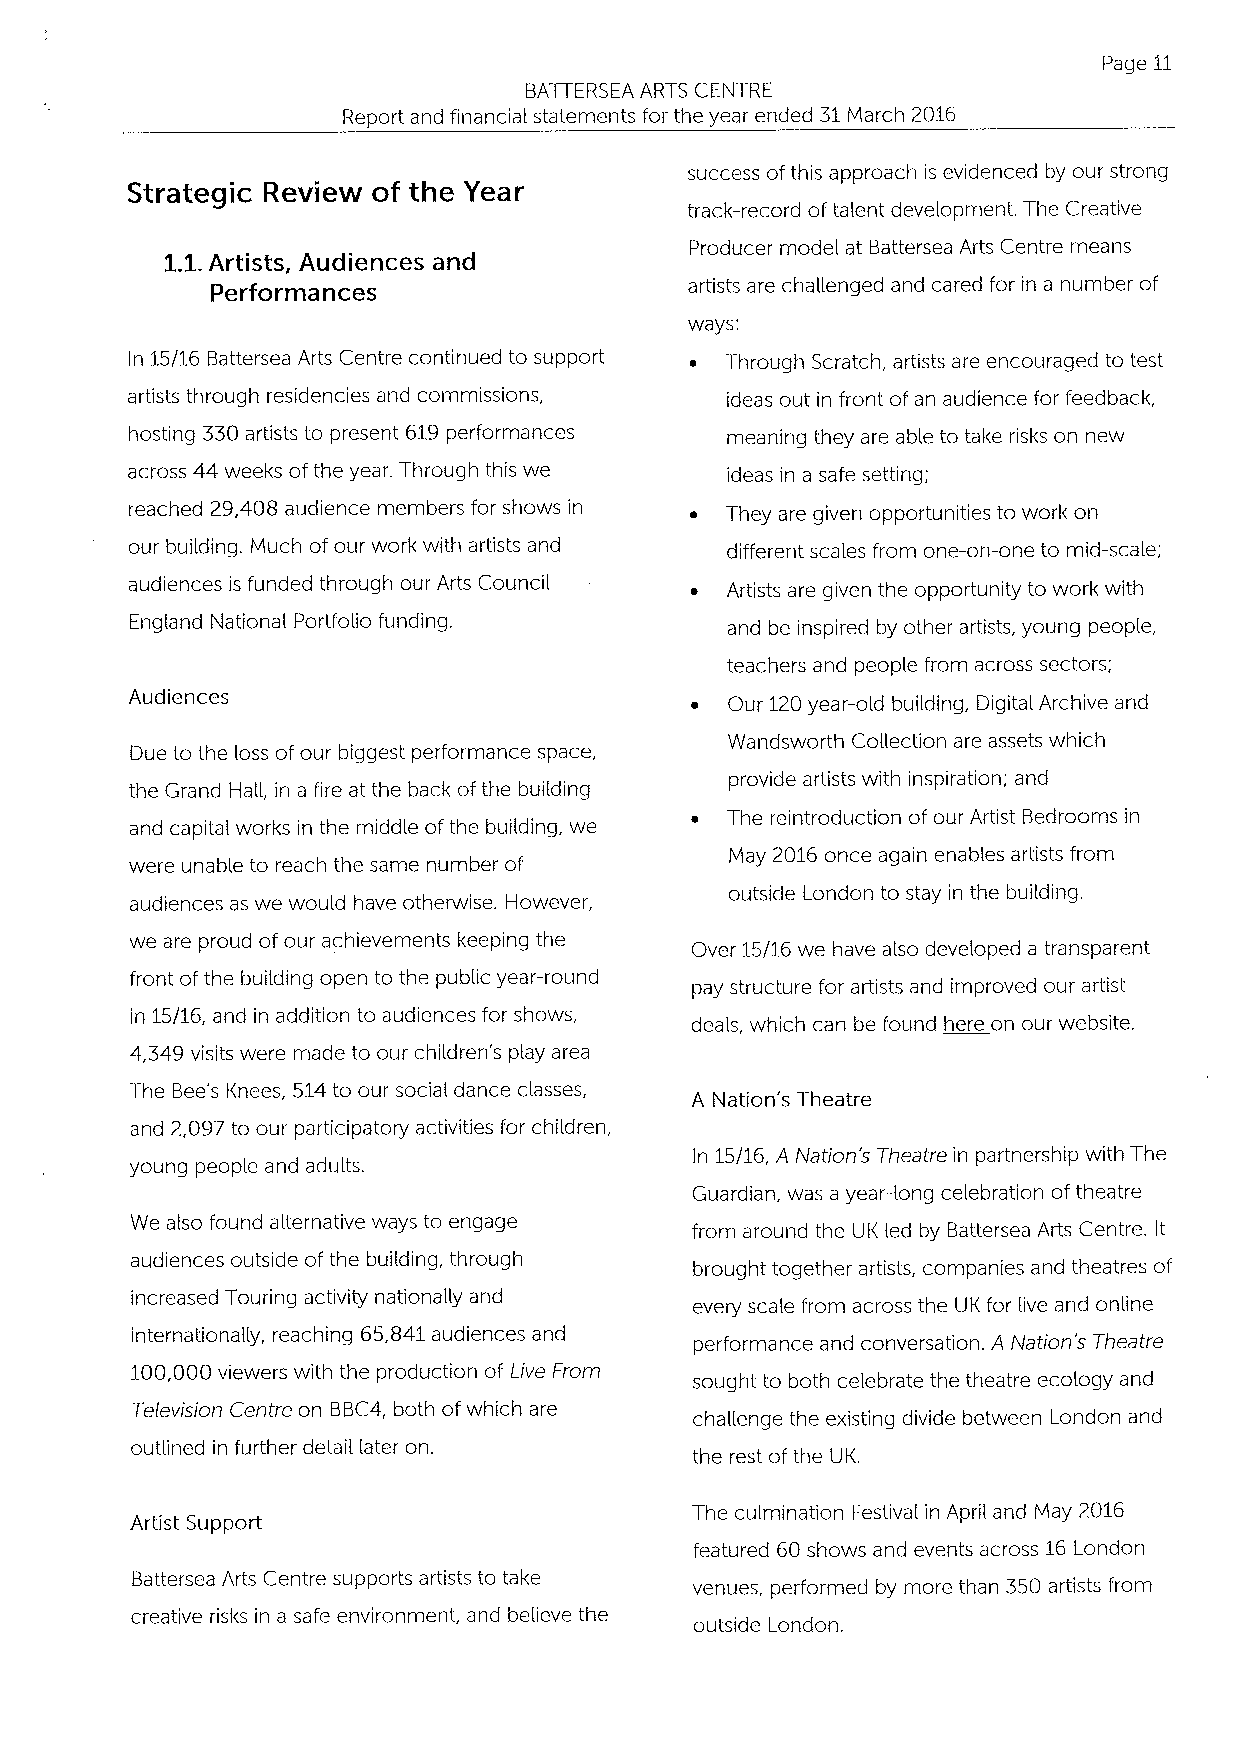
Page 11
 BATI ERSEA ARTS CENTRE
 Report and financial statements for the year ended 31March 2016
 success ofthis approach is evidenced by our strong
 Strategic Review of the Year
 track-record of talent development. The Creative
 Producer model at Battersea Arts Centre means
 1.1.Artists, Audiences and
 Performances                    artists are challenged and cared for in a number of
 ways:
 In 15/16 Battersea Arts Centre continued to support ~ Through Scratch, artists are encouraged to test
 artists through residencies and commissions, ideas out in front of an audience for feedback,
 hosting 330artists to present 619performances meaning they are able to take risks on new
 across 44 weeks ofthe year. Through this we ideas in a safe setting;
 reached 29,408 audience members for shows in ~ They are given opportunities to work on
 our building. Much ofour work with artists and different scales from one-on-one to mid-scale;
 audiences is funded through our Arts Council ~ Artists are given the opportunity to work with
 England National Portfolio funding.    and be inspired by other artists, young people,
 teachers and people from across sectors;
 Audiences
 ~ Our 120year-old building, Digital Archive and
 Wandsworth Collection are assets which
 Due to the loss ofour biggest performance space,
 provide artists with inspiration; and
 the Grand Hall, in a fire at the back ofthe building
 and capital works in the middle ofthe building, we ~ The reintroduction of our Artist Bedrooms in
 were unable to reach the same number of May 2016once again enables artists from
 audiences as we would have otherwise. However, outside London to stay in the building.
 we are proud of our achievements keeping the Over 15/16 we have also developed a transparent
 front ofthe building open to the public year-round pay structure for artists and improved our artist
 in 15/16, and in addition to audiences for shows, deals, which can be found here on our website.
 4,349 visits were made to our children's play area
 The Bee's Knees, 514to our social dance classes,
 A Nation's Theatre
 and 2,097to our participatory activities for children,
 young people and adults.             In 15/16, A Nation's Theatre in partnership with The
 Guardian, was a year-long celebration of theatre
 We also found alternative ways to engage from around the UK led by Battersea Arts Centre. It
 audiences outside of the building, through brought together artists, companies and theatres of
 increased Touring activity nationally and every scale from across the UK for live and online
 internationally, reaching 65,841audiences and performance and conversation. A Nation's Theatre
 100,000viewers with the production of Live From sought to both celebrate the theatre ecology and
 Television Centre on BBC4,both ofwhich are challenge the existing divide between London and
 outlined in further detail later on. the rest ofthe UK.
 The culmination Festival in April and May 2016
 Artist Support
 featured 60 shows and events across 16London
 Battersea Arts Centre supports artists to take venues, performed by more than 350 artists from
 creative risks in a safe environment, and believe the outside London.